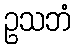
ဥသဘံ